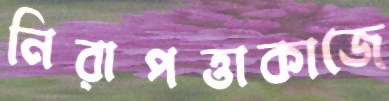
নিরাপত্তাকাজে